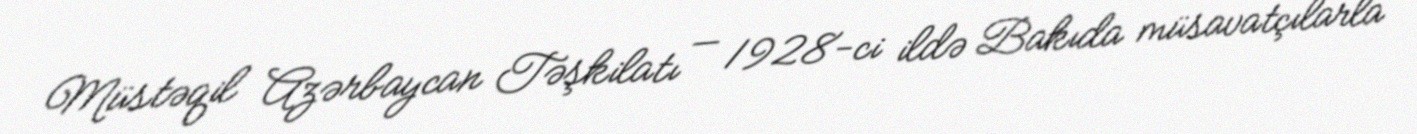
Müstəqil Azərbaycan Təşkilatı — 1928-ci ildə Bakıda müsavatçılarla